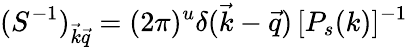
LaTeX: (S^{-1})_{{\vec{k}}{\vec{q}}}=(2\pi)^{u}\delta({\vec{k}}-{\vec{q}})\, [P_{s}(k)]^{-1}